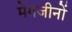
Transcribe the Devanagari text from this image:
मेगजीनों